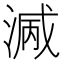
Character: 𣺭